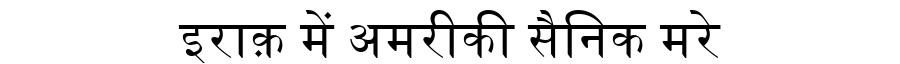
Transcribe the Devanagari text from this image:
इराक़ में अमरीकी सैनिक मरे